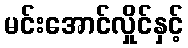
မင်းအောင်လှိုင်နှင့်